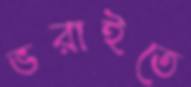
ভরাইতে